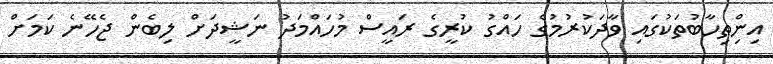
އިންިތިހާބުތަކުގައި ވާދަކުރުމުގެ ހައްގު ކުރީގެ ރައީސް މުހައްމަދު ނަޝީދަށް ލިބެން ޖެހޭނެ ކަމަށް